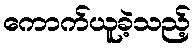
ကောက်ယူခဲ့သည့်